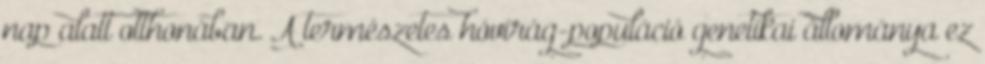
nap alatt otthonában. A természetes hóvirág-populáció genetikai állománya ez